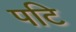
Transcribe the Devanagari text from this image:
पटि